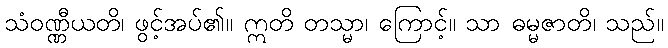
သံဝဏ္ဏီယတိ၊ ဖွင့်အပ်၏။ ဣတိ တသ္မာ၊ ကြောင့်။ သာ ဓမ္မဇာတိ၊ သည်။